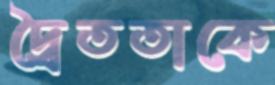
দ্বৈততাকে